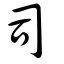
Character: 司